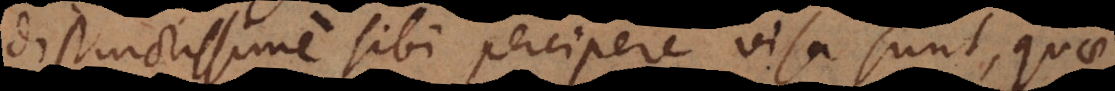
distinctissime sibi percipere visa sunt, quae